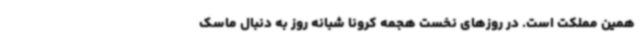
همین مملکت است. در روزهای نخست هجمه کرونا شبانه روز به دنبال ماسک